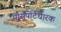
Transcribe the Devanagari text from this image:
पासपोर्टधारक